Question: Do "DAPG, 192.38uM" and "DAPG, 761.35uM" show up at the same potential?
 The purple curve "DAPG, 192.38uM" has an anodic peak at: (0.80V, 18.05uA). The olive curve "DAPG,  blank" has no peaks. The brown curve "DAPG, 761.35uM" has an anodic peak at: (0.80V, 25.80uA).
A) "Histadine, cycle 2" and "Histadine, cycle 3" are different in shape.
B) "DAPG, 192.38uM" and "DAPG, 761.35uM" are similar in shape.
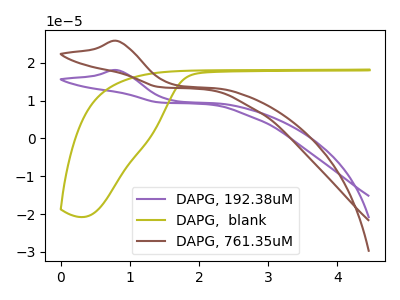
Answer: <think>All the peaks in "DAPG, 192.38uM" have a peak in "DAPG, 761.35uM" at the same potential. Every peak in "DAPG, 192.38uM" is lower than every peak in "DAPG, 761.35uM".
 </think>
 <answer>B) "DAPG, 192.38uM" and "DAPG, 761.35uM" are similar in shape.</answer>
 <eval>B</eval>